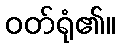
ဝတ်ရုံ၏။